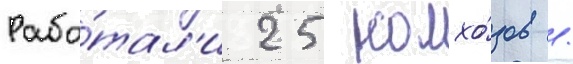
Рабо́тал'и 25 колхо́зов /